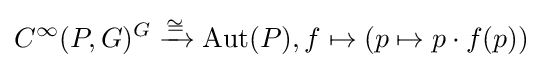
C^{\infty }(P,G)^{G}\xrightarrow {\cong } \operatorname {Aut} (P),f\mapsto (p\mapsto p\cdot f(p))